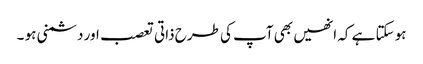
ہو سکتا ہے کہ انھیں بھی آپ کی طرح ذاتی تعصب اور دشمنی ہو ۔